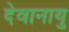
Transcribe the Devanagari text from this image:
देवानायु